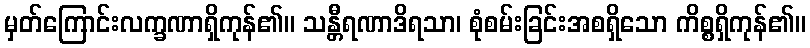
မှတ်ကြောင်းလက္ခဏာရှိကုန်၏။ သန္တီရဏာဒိရသာ၊ စုံစမ်းခြင်းအစရှိသော ကိစ္စရှိကုန်၏။